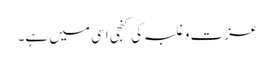
عزت و غلبہ کی کنجی اسی میں ہے۔